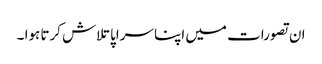
ان تصورات میں اپنا سراپا تلاش کرتا ہوا ۔